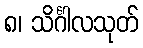
၈၊ သိင်္ဂါလသုတ်